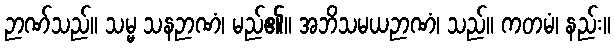
ဉာဏ်သည်။ သမ္မ သနဉာဏံ၊ မည်၏။ အဘိသမယဉာဏံ၊ သည်။ ကတမံ၊ နည်း။